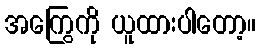
အကြွေကို ယူထားပါတော့။